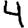
Digit: 4